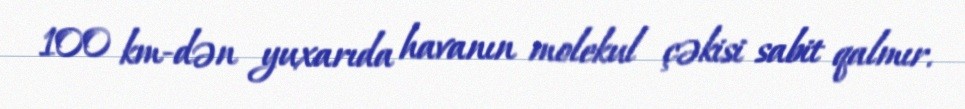
100 km-dən yuxarıda havanın molekul çəkisi sabit qalmır.